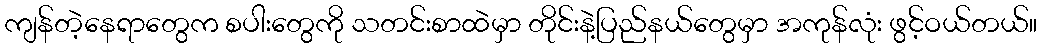
ကျန်တဲ့နေရာတွေက စပါးတွေကို သတင်းစာထဲမှာ တိုင်းနဲ့ပြည်နယ်တွေမှာ အကုန်လုံး ဖွင့်ဝယ်တယ်။